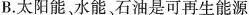
B.太阳能、水能石油是可再生能源